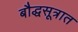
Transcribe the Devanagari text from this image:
बौद्धसूत्रात